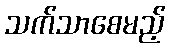
သက်သာစေမည့်